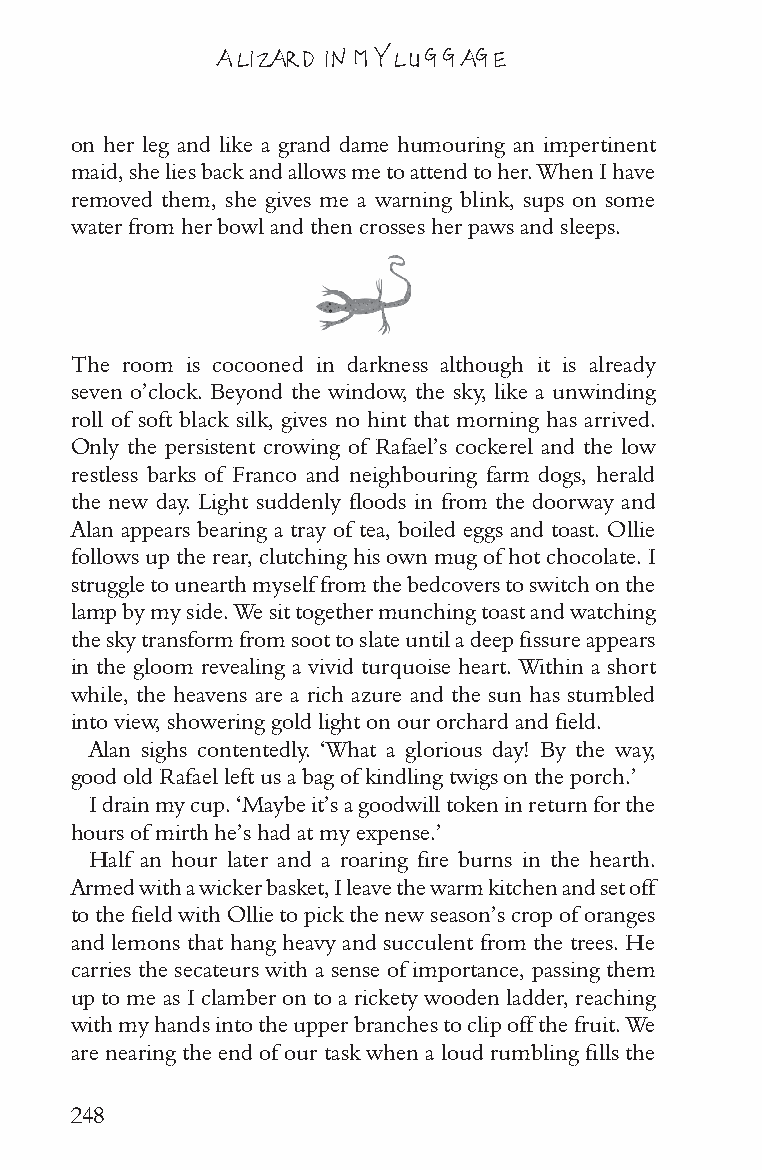
A LIZARD IN MY LUGGAGE
 on her leg and like a grand dame humouring an impertinent
 maid, she lies back and allows me to attend to her. When I have
 removed them, she gives me a warning blink, sups on some
 water from her bowl and then crosses her paws and sleeps.
 The room is cocooned in darkness although it is already
 seven o’clock. Beyond the window, the sky, like a unwinding
 roll of soft black silk, gives no hint that morning has arrived.
 Only the persistent crowing of Rafael’s cockerel and the low
 restless barks of Franco and neighbouring farm dogs, herald
 the new day. Light suddenly floods in from the doorway and
 Alan appears bearing a tray of tea, boiled eggs and toast. Ollie
 follows up the rear, clutching his own mug of hot chocolate. I
 struggle to unearth myself from the bedcovers to switch on the
 lamp by my side. We sit together munching toast and watching
 the sky transform from soot to slate until a deep fissure appears
 in the gloom revealing a vivid turquoise heart. Within a short
 while, the heavens are a rich azure and the sun has stumbled
 into view, showering gold light on our orchard and field.
 Alan sighs contentedly. ‘What a glorious day! By the way,
 good old Rafael left us a bag of kindling twigs on the porch.’
 I drain my cup. ‘Maybe it’s a goodwill token in return for the
 hours of mirth he’s had at my expense.’
 Half an hour later and a roaring fire burns in the hearth.
 Armed with a wicker basket, I leave the warm kitchen and set off
 to the field with Ollie to pick the new season’s crop of oranges
 and lemons that hang heavy and succulent from the trees. He
 carries the secateurs with a sense of importance, passing them
 up to me as I clamber on to a rickety wooden ladder, reaching
 with my hands into the upper branches to clip off the fruit. We
 are nearing the end of our task when a loud rumbling fills the
 248